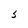
Character: 5